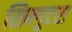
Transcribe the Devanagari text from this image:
सिन्गुटरा